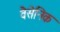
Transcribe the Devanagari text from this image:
वैसेनिक